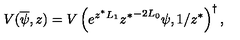
V ( \overline { \psi } , z ) = V \left( e ^ { z ^ { \ast } L _ { 1 } } { z ^ { \ast } } ^ { - 2 L _ { 0 } } \psi , 1 / z ^ { \ast } \right) ^ { \dagger } ,